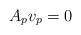
LaTeX: \begin{align*}A_{p}v_{p}=0\end{align*}